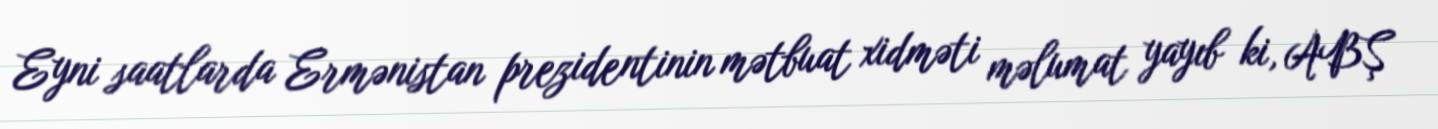
Eyni saatlarda Ermənistan prezidentinin mətbuat xidməti məlumat yayıb ki, ABŞ